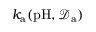
k _ { \mathrm { a } } ( \mathrm { p H } , \mathcal { D } _ { \mathrm { a } } )